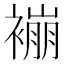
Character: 䙖